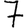
Digit: 7